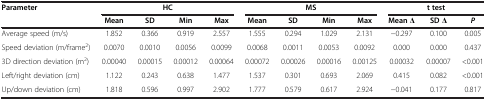
<table><thead><tr><td rowspan="2"><b>Parameter</b></td><td colspan="4"><b>HC</b></td><td colspan="4"><b>MS</b></td><td colspan="3"><b>t test</b></td></tr><tr><td><b>Mean</b></td><td><b>SD</b></td><td><b>Min</b></td><td><b>Max</b></td><td><b>Mean</b></td><td><b>SD</b></td><td><b>Min</b></td><td><b>Max</b></td><td><b>Mean Δ</b></td><td><b>SD Δ</b></td><td><b><i>P</i></b></td></tr></thead><tbody><tr><td>Average speed (m/s)</td><td>1.852</td><td>0.366</td><td>0.919</td><td>2.557</td><td>1.555</td><td>0.294</td><td>1.029</td><td>2.131</td><td>-0.297</td><td>0.100</td><td>0.005</td></tr><tr><td>Speed deviation (m/frame<sup>2</sup>)</td><td>0.0070</td><td>0.0010</td><td>0.0056</td><td>0.0099</td><td>0.0068</td><td>0.0011</td><td>0.0053</td><td>0.0092</td><td>0.000</td><td>0.000</td><td>0.437</td></tr><tr><td>3D direction deviation (m<sup>2</sup>)</td><td>0.00040</td><td>0.00015</td><td>0.00012</td><td>0.00064</td><td>0.00072</td><td>0.00026</td><td>0.00016</td><td>0.00125</td><td>0.00032</td><td>0.00007</td><td>&lt;0.001</td></tr><tr><td>Left/right deviation (cm)</td><td>1.122</td><td>0.243</td><td>0.638</td><td>1.477</td><td>1.537</td><td>0.301</td><td>0.693</td><td>2.069</td><td>0.415</td><td>0.082</td><td>&lt;0.001</td></tr><tr><td>Up/down deviation (cm)</td><td>1.818</td><td>0.596</td><td>0.997</td><td>2.902</td><td>1.777</td><td>0.579</td><td>0.617</td><td>2.924</td><td>-0.041</td><td>0.177</td><td>0.817</td></tr></tbody></table>